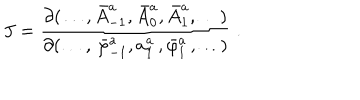
J = \frac { \partial ( \ldots , \bar { A } _ { - 1 } ^ { a } , \bar { A } _ { 0 } ^ { a } , \bar { A } _ { 1 } ^ { a } , \ldots ) } { \partial ( \ldots , \, \bar { \varphi } _ { - 1 } ^ { a } , a _ { 1 } ^ { a } \, , \bar { \varphi } _ { 1 } ^ { a } \, , \ldots ) } \; .